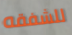
للشفقه